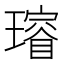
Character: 𤩷